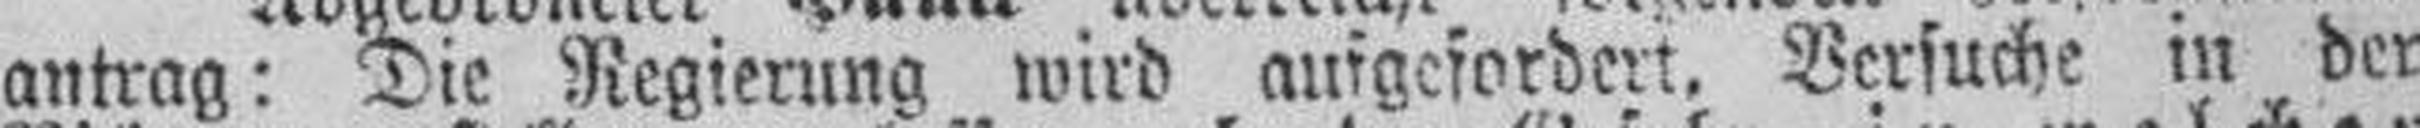
antrag: Die Regierung wird aufgefordert. Versuche in der